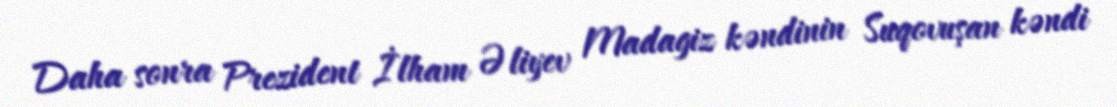
Daha sonra Prezident İlham Əliyev Madagiz kəndinin Suqovuşan kəndi